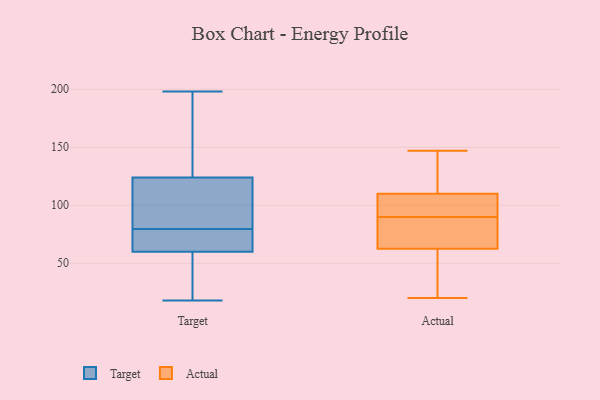
{"axis": {"x": "Inventory Turnover", "y": "Value"}, "legend": ["Actual", "Target"], "data": [{"x": "", "y": 18, "type": "Target"}, {"x": "", "y": 132, "type": "Target"}, {"x": "", "y": 61, "type": "Target"}, {"x": "", "y": 67, "type": "Target"}, {"x": "", "y": 91, "type": "Target"}, {"x": "", "y": 31, "type": "Target"}, {"x": "", "y": 25, "type": "Target"}, {"x": "", "y": 198, "type": "Target"}, {"x": "", "y": 68, "type": "Target"}, {"x": "", "y": 124, "type": "Target"}, {"x": "", "y": 62, "type": "Target"}, {"x": "", "y": 60, "type": "Target"}, {"x": "", "y": 126, "type": "Target"}, {"x": "", "y": 198, "type": "Target"}, {"x": "", "y": 108, "type": "Target"}, {"x": "", "y": 96, "type": "Target"}, {"x": "", "y": 110, "type": "Target"}, {"x": "", "y": 54, "type": "Target"}, {"x": "", "y": 102, "type": "Actual"}, {"x": "", "y": 73, "type": "Actual"}, {"x": "", "y": 59, "type": "Actual"}, {"x": "", "y": 147, "type": "Actual"}, {"x": "", "y": 99, "type": "Actual"}, {"x": "", "y": 46, "type": "Actual"}, {"x": "", "y": 83, "type": "Actual"}, {"x": "", "y": 118, "type": "Actual"}, {"x": "", "y": 20, "type": "Actual"}, {"x": "", "y": 118, "type": "Actual"}, {"x": "", "y": 97, "type": "Actual"}, {"x": "", "y": 66, "type": "Actual"}]}